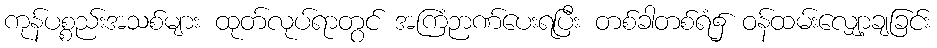
ကုန်ပစ္စည်းအသစ်များ ထုတ်လုပ်ရာတွင် အကြံဉာဏ်ပေးရပြီး တစ်ခါတစ်ရံ၌ ဝန်ထမ်းလျှော့ချခြင်း